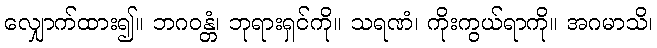
လျှောက်ထား၍။ ဘဂဝန္တံ၊ ဘုရားရှင်ကို။ သရဏံ၊ ကိုးကွယ်ရာကို။ အဂမာသိ၊